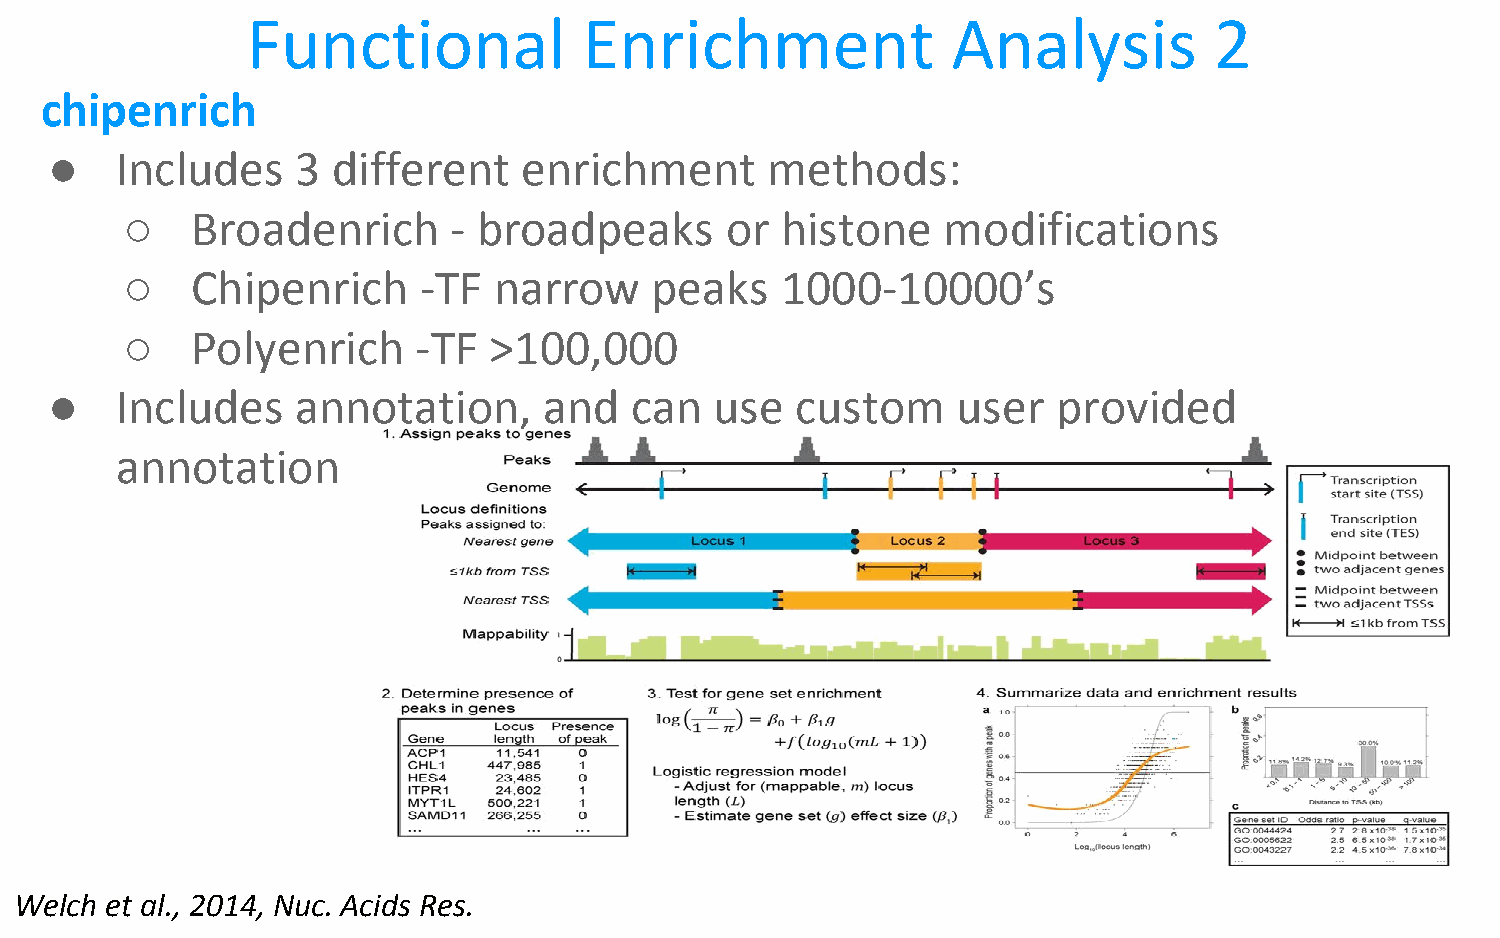
Functional             Enrichment              Analysis         2
 chipenrich
 ●    Includes    3 different    enrichment      methods:
 ○    Broadenrich      - broadpeaks      or  histone   modifications
 ○    Chipenrich     -TF  narrow    peaks    1000-10000’s
 ○    Polyenrich     -TF >100,000
 ●    Includes    annotation,     and   can  use   custom    user   provided
 annotation
 Welch et al., 2014, Nuc. Acids Res.